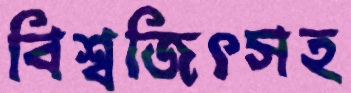
বিশ্বজিৎসহ